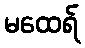
မထေရ်